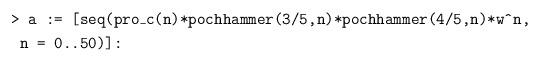
LaTeX: \begin{align*}&\texttt{> a := [seq(pro\_c(n)*pochhammer(3/5,n)*pochhammer(4/5,n)*w\^{}n,}\\& \texttt{ n = 0..50)]:}\end{align*}